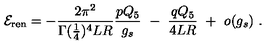
{ \cal E } _ { \mathrm { r e n } } = - { \frac { 2 \pi ^ { 2 } } { \Gamma ( { \frac { 1 } { 4 } } ) ^ { 4 } L R } } { \frac { p Q _ { 5 } } { g _ { s } } } \ - \ { \frac { q Q _ { 5 } } { 4 L R } } \ + \ o ( g _ { s } ) \ .